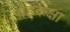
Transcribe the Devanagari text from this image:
ग्रहकक्षा